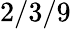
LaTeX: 2/3/9